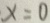
x = 0